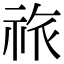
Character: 祣